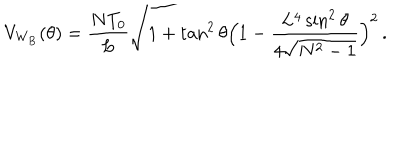
V _ { \mathrm { W _ { B } } } ( \theta ) = \frac { N T _ { 0 } } { L } \sqrt { 1 + \tan ^ { 2 } { \theta } \Bigl ( 1 - \frac { L ^ { 4 } \sin ^ { 2 } { \theta } } { 4 \sqrt { N ^ { 2 } - 1 } } \Bigr ) ^ { 2 } } \, .